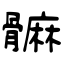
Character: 髍